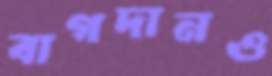
বাগদানও